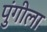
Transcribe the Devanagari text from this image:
पुंगीला